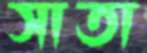
সাতা